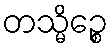
တသ္မိဉ္စေ